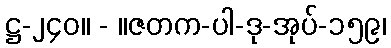
ဋ္ဌ-၂၄၀။ - ။ဇတက-ပါ-ဒု-အုပ်-၁၅၉၊